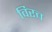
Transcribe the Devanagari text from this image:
विरच